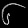
Digit: ၆